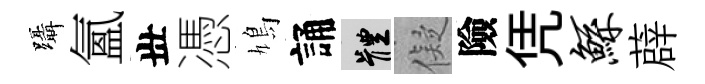
躡氳丗憑鳩誦體儗險凭鲧薜